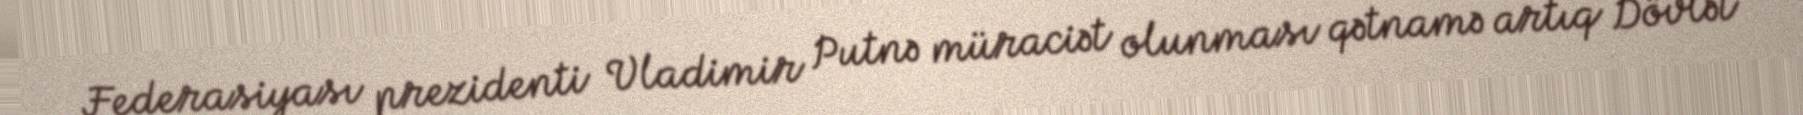
Federasiyası prezidenti Vladimir Putnə müraciət olunması qətnamə artıq Dövlət